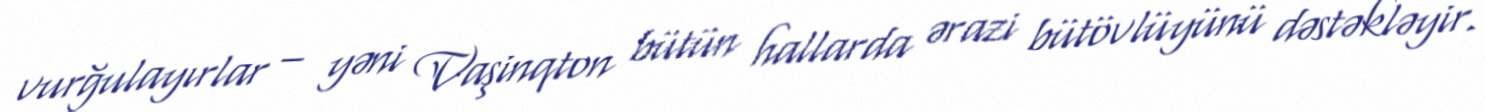
vurğulayırlar – yəni Vaşinqton bütün hallarda ərazi bütövlüyünü dəstəkləyir.